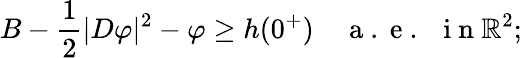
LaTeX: B-\frac 12|D\varphi|^{2}-\varphi\geq h(0^{+})\quad\mathrm{~a~.~e~.~~~i~n~}\mathbb{R}^{2};